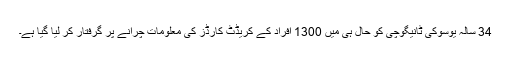
34 سالہ یوسوکی ٹانیگوچی کو حال ہی میں 1300 افراد کے کریڈٹ کارڈز کی معلومات چرانے پر گرفتار کر لیا گیا ہے۔